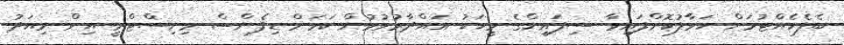
ބެލެހެއްޓުމަށް ހަވާލުކޮށްފައިވާ ސިފައިންގެ މީހަކު ޣައްދާރުވުމުން ކަމަށް ޑިފެންސް މިނިސްޓްރީ އިން މިއަދު